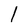
Character: l